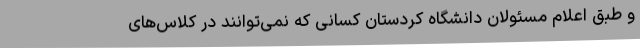
و طبق اعلام مسئولان دانشگاه کردستان کسانی که نمی‌توانند در کلاس‌های